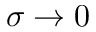
\sigma \rightarrow 0